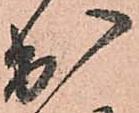
出